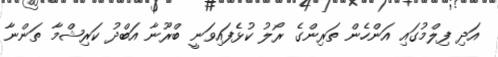
އަދި ފިލްމުގައި އަންހެން ތަރިންގެ ރޯލު ކުޅެފައިވަނީ ބްރޫނާ އަބްދު ކަރިޝްމާ ތަންނާ